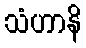
သံဟာနိ